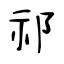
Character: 祁